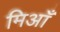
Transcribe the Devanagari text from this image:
मिआँ